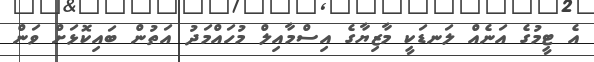
އެ ޓީމުގެ އަނެއް ލަނޑަކީ މާޒިޔާގެ އިސްމާއިލް މުހައްމަދު އަތުން ބައިކޮޅަށް ވަން